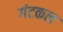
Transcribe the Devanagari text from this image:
गंटकल